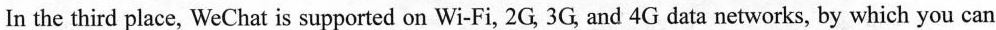
In the third place, WeChat is supported on Wi-Fi, 2G, 3G, and 4G data networks, by which you can